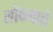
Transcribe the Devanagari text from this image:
लोकवाद्ये